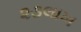
૨૩લાખ